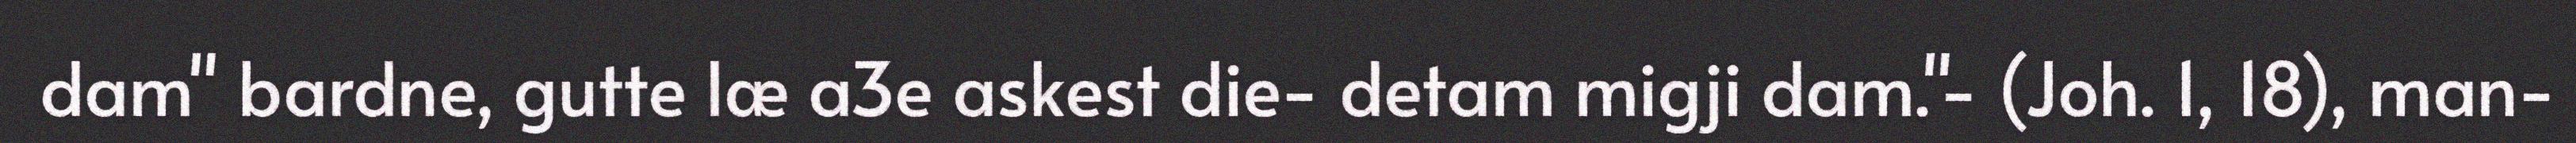
dam" bardne, gutte læ a3e askest die- detam migji dam."- (Joh. 1, 18), man-